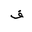
Letter: _fa